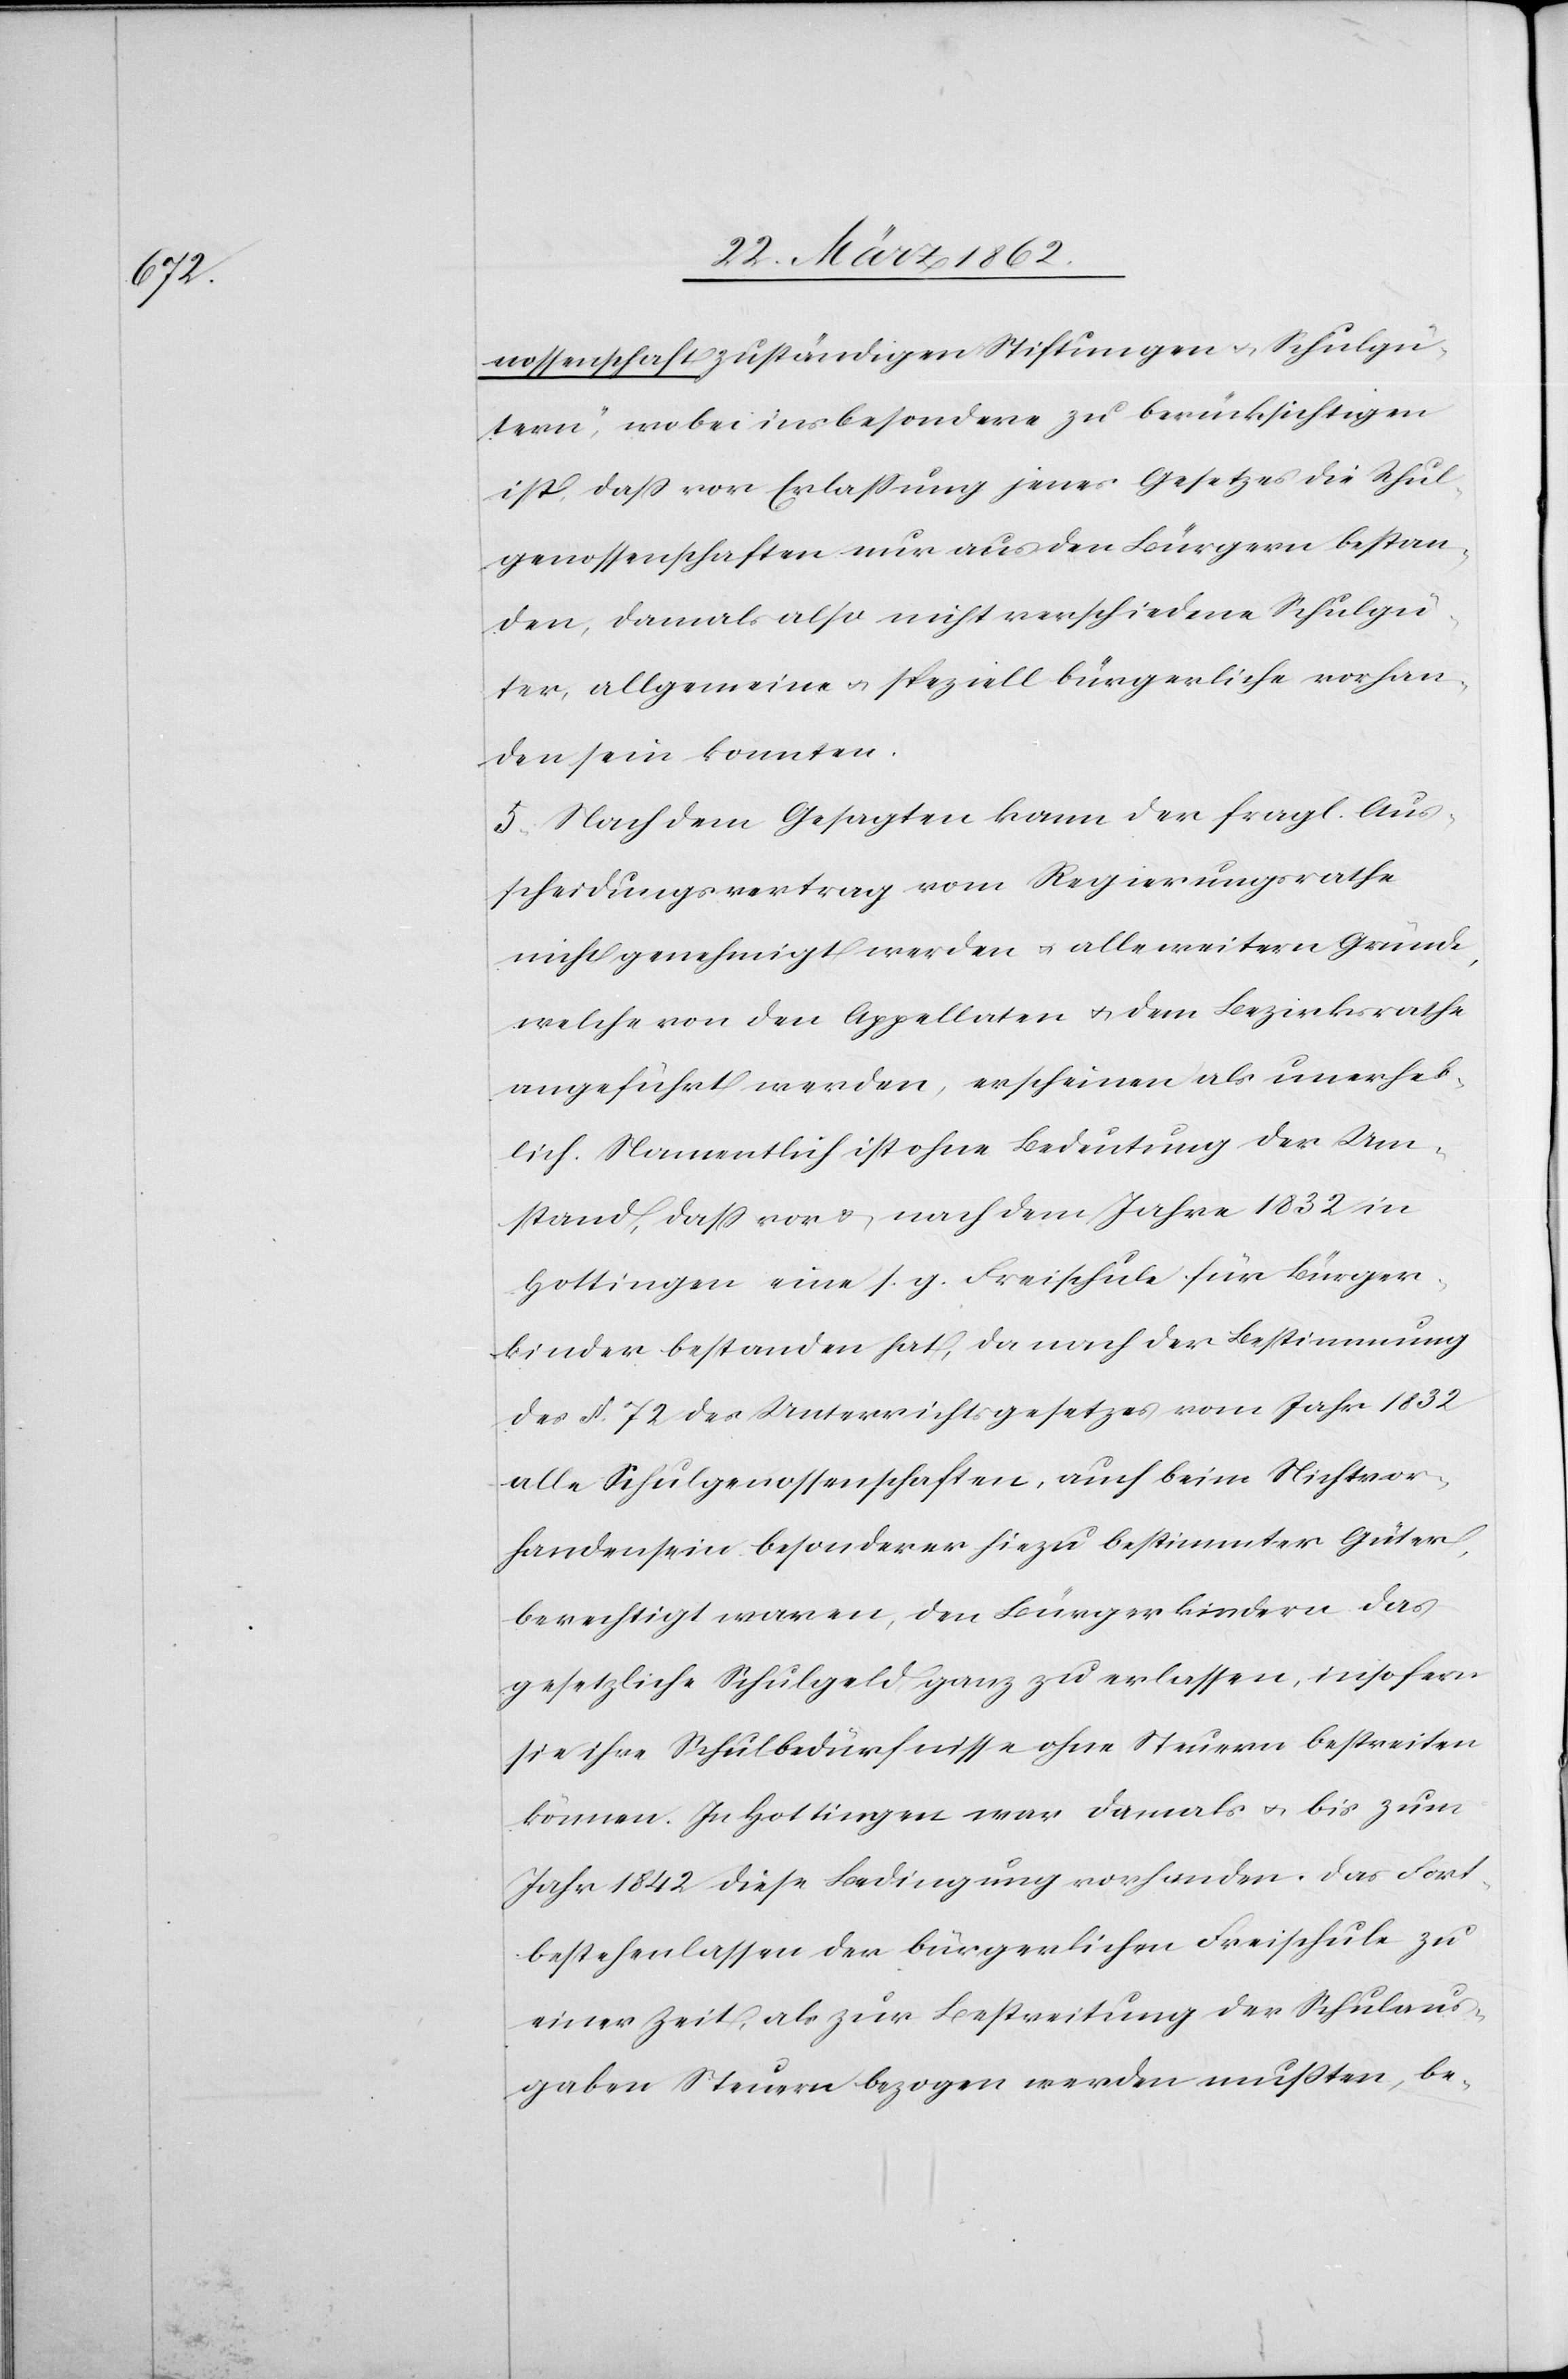
genossenschaft zuständigen Stiftungen u. Schulgü¬
tern“, wobei insbesondere zu berücksichtigen
ist, daß vor Erlaßung jenes Gesetzes die Schul¬
genossenschaften nur aus den Bürgern bestan¬
den, damals also nicht verschiedene Schulgü¬
ter, allgemeine u. speziell bürgerliche vorhan¬
den sein konnten.
5. Nach dem Gesagten kann der fragl. Aus¬
scheidungsvertrag vom Regierungsrathe
nicht genehmigt werden u. alle weitern Gründe,
welche von den Appellaten u. dem Bezirksrathe
angeführt werden, erscheinen als unerheb¬
lich. Namentlich ist ohne Bedeutung der Um¬
stand, daß vor & nach dem Jahre 1832 in
Hottingen eine s. g. Freischule für Bürger¬
kinder bestanden hat, da nach der Bestimmung
des §. 72 des Unterrichtsgesetzes vom Jahr 1832
alle Schulgenossenschaften, auch beim Nichtvor¬
handensein besonderer hiezu bestimmter Güter,
berechtigt waren, den Bürgerkindern das
gesetzliche Schulgeld ganz zu erlassen, insofern
sie ihre Schulbedürfnisse ohne Steuern bestreiten
können. In Hottingen war damals u. bis zum
Jahr 1842 diese Bedingung vorhanden. Das Fort¬
bestehenlassen der bürgerlichen Freischule zu
einer Zeit, als zur Bestreitung der Schulaus¬
gaben Steuern bezogen werden mußten, be-